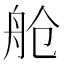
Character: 舱